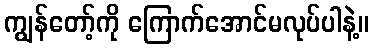
ကျွန်တော့်ကို ကြောက်အောင်မလုပ်ပါနဲ့။